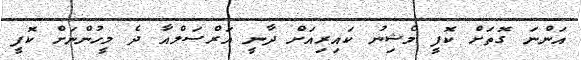
އަންނަ ގޮތަށް ކޮފީ މެޝިނު ކައިރިއަށް ދާނީ އަރްސަލްއާ ދެ މީހުންނަށް ކޮފީ